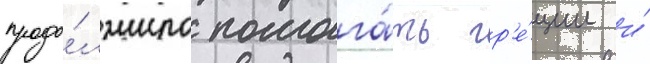
продо́лжило помога́ть гр'е́ции и́